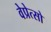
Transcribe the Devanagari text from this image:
वेप्रेत्सो